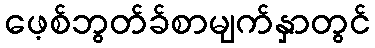
ဖေ့စ်ဘွတ်ခ်စာမျက်နှာတွင်